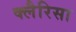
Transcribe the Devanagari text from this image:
क्लैरिसा